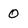
Character: 0